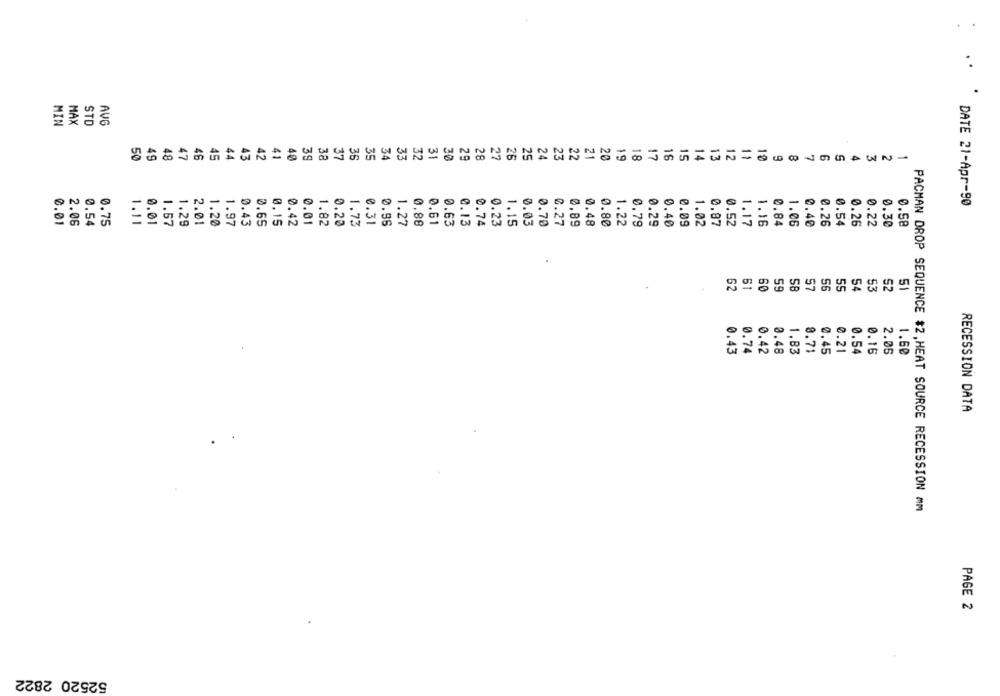
. .
STO
MIN
MAX
AVG
41
50
49
48
47
46
45
44
43
42
40
39
38
37
36
35
34
33
32
31
30
29
28
27
26
25
24
23
22
21
20
19
18
17
16
15
14
13
12
11
DATE 21-Apr-90
0.01
2.06
0.54
0.75
1.11
0.01
1.57
1.29
2.01
1.20
1.97
0.65
0.01
1.82
0.20
1.73
0.31
1.27
0.88
0.63
0.13
0.74
1.15
0.03
0.70
0.27
0.89
0.48
0.80
1.22
0.29
0.40
0.09
1.02
0.87
0.52
1.17
1.16
0.84
1.06
0.22
0.30
0.58
62
61
58
57
5
60
59
56
55
54
53
N
0.74
0.43
0.42
0.48
1.83
8.71
0.45
0.21
0.54
1.60
RECESSION DATA
PACMAN DROP SEQUENCE $2, HEAT SOURCE RECESSION mm
PAGE 2
52520 2822